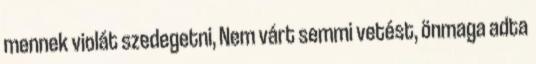
mennek violát szedegetni, Nem várt semmi vetést, önmaga adta